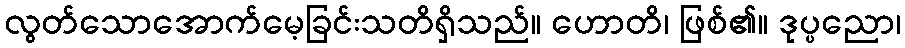
လွတ်သောအောက်မေ့ခြင်းသတိရှိသည်။ ဟောတိ၊ ဖြစ်၏။ ဒုပ္ပညော၊